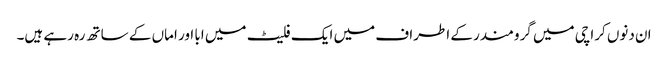
ان دنوں کراچی میں گرومندر کے اطراف میں ایک فلیٹ میں ابا اور اماں کے ساتھ رہ رہے ہیں۔